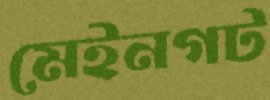
মেইনগট